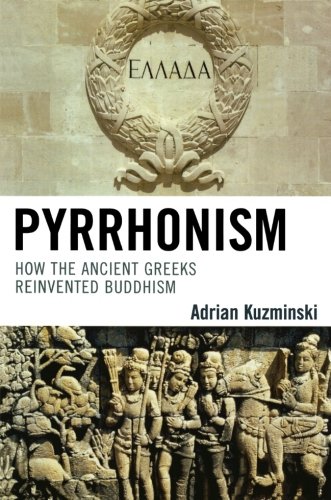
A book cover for Pyrrhonism: How the Ancient Greeks Reinvented Buddhism (Studies in Comparative Philosophy and Religion); Adrian Kuzminski; Religion & Spirituality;